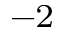
^ { - 2 }